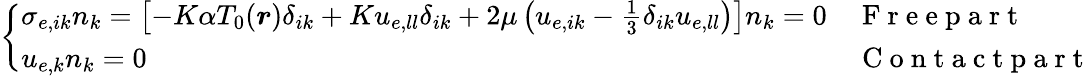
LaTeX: \left\{ \begin{array}{ll}{\sigma_{e,ik}n_{k}=\left[-K\alpha T_{0}(\boldsymbol{r})\delta_{ik}+Ku_{e,ll}\delta_{ik}+\left.2\mu\left(u_{e,ik}-\frac{1}{3}\delta_{ik}u_{e,ll}\right)\right.\right]n_{k}=0}&{\mathrm{~F~r~e~e~p~a~r~t~}}\\ {u_{e,k}n_{k}=0}&{\mathrm{~C~o~n~t~a~c~t~p~a~r~t~}}\end{array}\right.